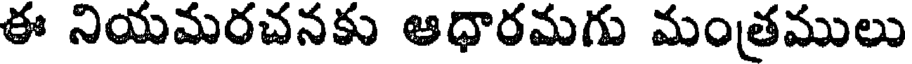
ఈ నియమరచనకు ఆధారమగు మంత్రములు